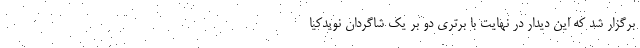
برگزار شد که این دیدار در نهایت با برتری دو بر یک شاگردان نویدکیا